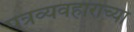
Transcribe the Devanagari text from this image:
पत्रव्यवहाराच्या